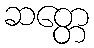
ဆတ္တေ